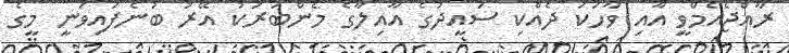
ރާއްޖެއެމްވީ އާއި ވާހަކަ ދެއްކި ސައީދުގެ އާއިލާގެ މެންބަރަކު އޭރު ބުނެފައިވަނީ މީގެ